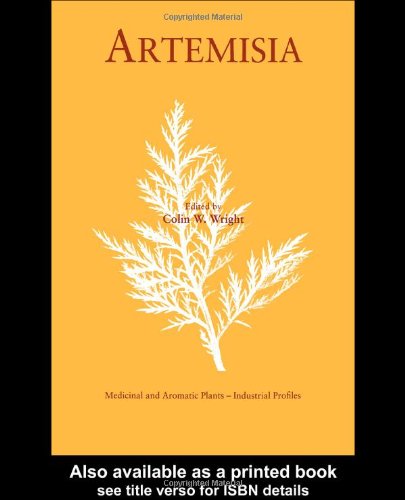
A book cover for Artemisia (Medicinal and Aromatic Plants - Industrial Profiles); Colin W. Wright; Medical Books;